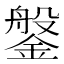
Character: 鎜